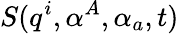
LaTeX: S(q^{i},\alpha^{A},\alpha_{a},t)